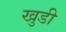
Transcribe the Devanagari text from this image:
खुडी